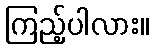
ကြည့်ပါလား။